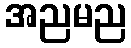
အညမည